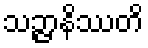
သဉ္ဇာနိဿတိ